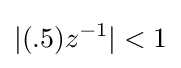
|(.5)z^{-1}|<1